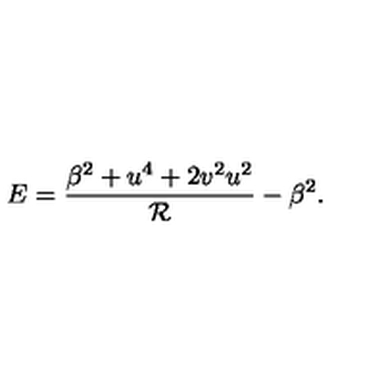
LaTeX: E = \frac { \beta ^ { 2 } + u ^ { 4 } + 2 v ^ { 2 } u ^ { 2 } } { \mathcal { R } } - \beta ^ { 2 } .